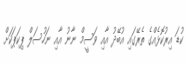
ކުޑަ އިރުކޮޅެއްގެ ތެރޭގައި އުބޭދު އާއި ވަސީމް ނާނު އާއި ނަހުސަލް ޕިކަޕަކަށް